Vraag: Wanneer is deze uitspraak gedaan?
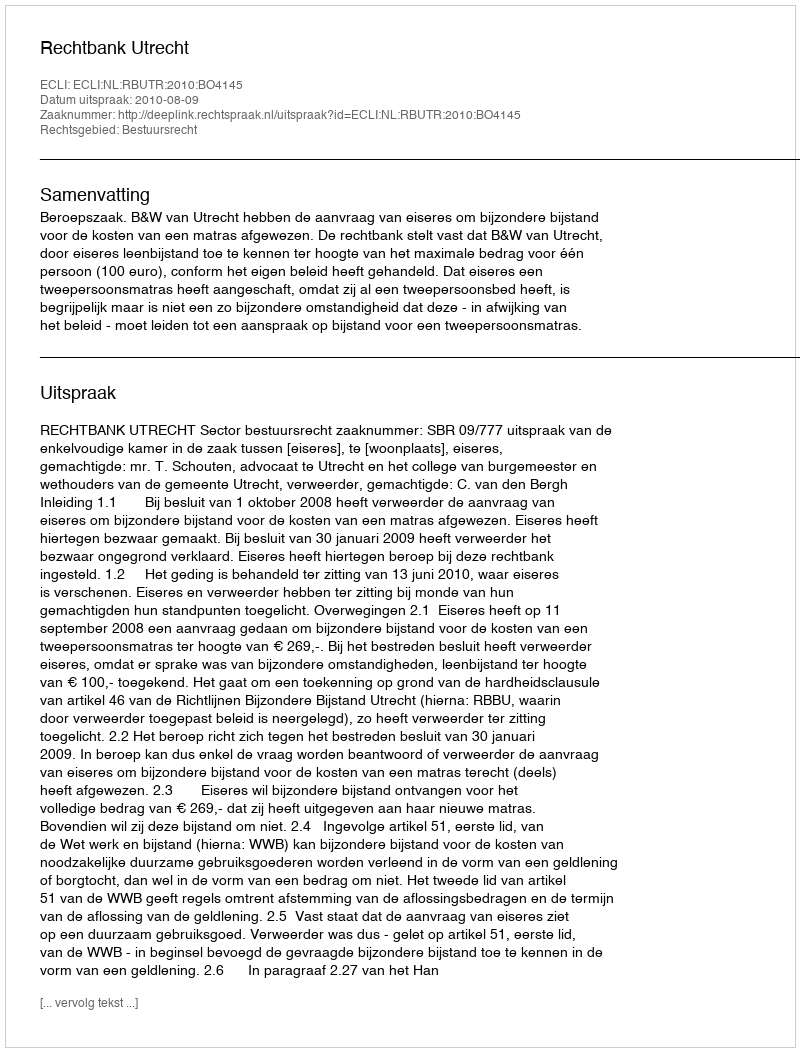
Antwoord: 2010-08-09